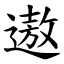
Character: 遨